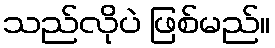
သည်လိုပဲ ဖြစ်မည်။